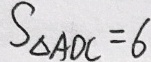
S _ { \Delta A D C } = 6